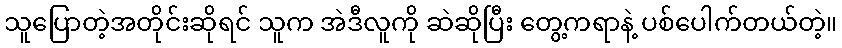
သူပြောတဲ့အတိုင်းဆိုရင် သူက အဲဒီလူကို ဆဲဆိုပြီး တွေ့ကရာနဲ့ ပစ်ပေါက်တယ်တဲ့။